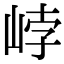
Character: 㟑